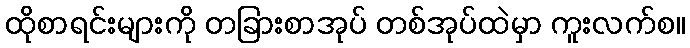
ထိုစာရင်းများကို တခြားစာအုပ် တစ်အုပ်ထဲမှာ ကူးလက်စ။